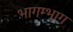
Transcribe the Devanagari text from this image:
भागम्भाग